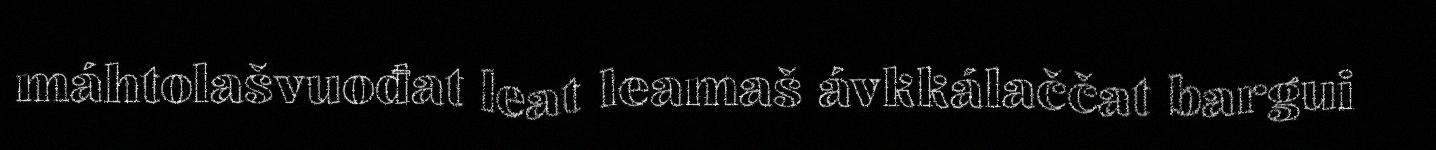
máhtolašvuođat leat leamaš ávkkálaččat bargui